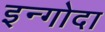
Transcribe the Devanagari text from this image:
इन्गोदा